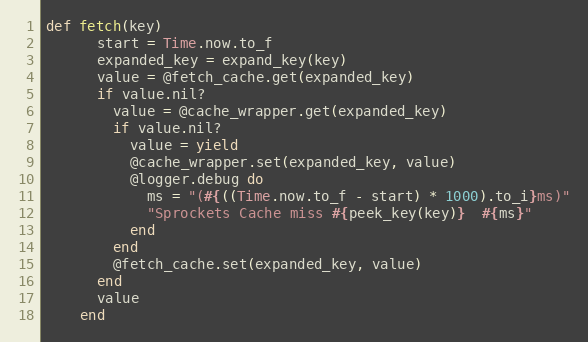
Language: Ruby
def fetch(key)
      start = Time.now.to_f
      expanded_key = expand_key(key)
      value = @fetch_cache.get(expanded_key)
      if value.nil?
        value = @cache_wrapper.get(expanded_key)
        if value.nil?
          value = yield
          @cache_wrapper.set(expanded_key, value)
          @logger.debug do
            ms = "(#{((Time.now.to_f - start) * 1000).to_i}ms)"
            "Sprockets Cache miss #{peek_key(key)}  #{ms}"
          end
        end
        @fetch_cache.set(expanded_key, value)
      end
      value
    end